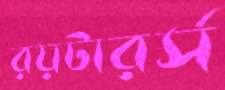
রয়টারর্স